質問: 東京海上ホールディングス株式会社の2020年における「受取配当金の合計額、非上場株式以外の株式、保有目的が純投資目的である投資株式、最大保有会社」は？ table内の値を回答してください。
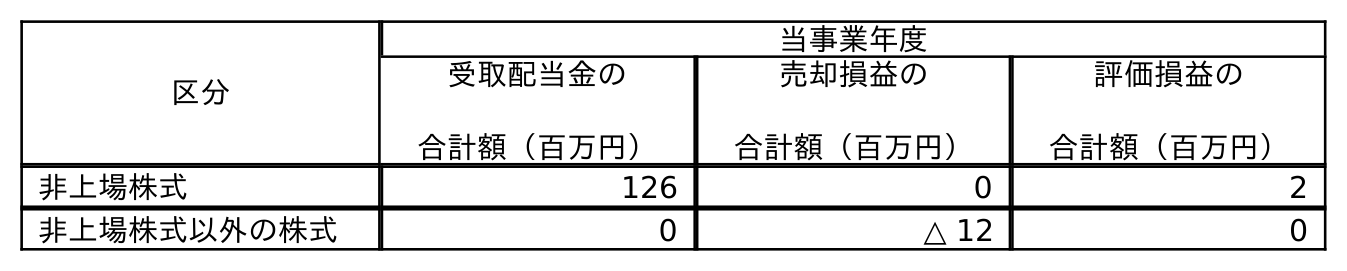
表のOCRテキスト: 区分 当事業年度 受取配当金の 合計額（百万円） 売却損益の 合計額（百万円） 評価損益の 合計額（百万円） 非上場株式 126 0 2 非上場株式以外の株式 0 △ 12 0
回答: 0